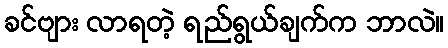
ခင်ဗျား လာရတဲ့ ရည်ရွယ်ချက်က ဘာလဲ။